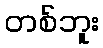
တစ်ဘူး